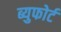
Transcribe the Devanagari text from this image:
ब्युफोर्ट